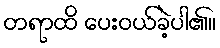
တရာထိ ပေးဝယ်ခဲ့ပါ၏။